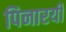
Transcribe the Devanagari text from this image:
पिनारयी